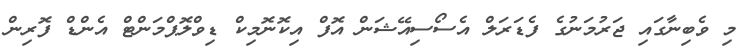
މި ވެބިނާގައި ޖަރުމަނުގެ ފެޑަރަލް އެސޯސިއޭޝަން އޮފް އިކޮނޮމިކް ޑިވްލޮޕްމަންޓް އެންޑް ފޮރިން